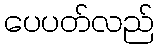
ပေပတ်လည်